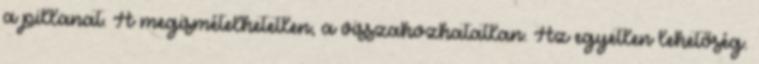
a pillanat. A megismételhetetlen, a visszahozhatatlan. Az egyetlen lehetőség.